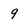
Character: 9